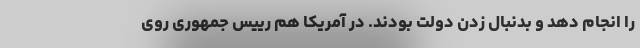
را انجام دهد و بدنبال زدن دولت بودند. در آمریکا هم رییس جمهوری روی